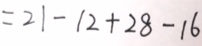
= 2 1 - 1 2 + 2 8 - 1 6